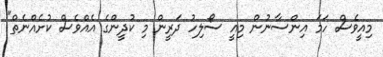
މިއީވެސް ހަމަ އިންސާނުން މިއީ ސޯލިހު ދަރީން މި ކުދީންގެ އެއްވެސް ކުށެއްނެތް"